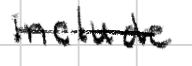
Text: include
Cross-out: mix
Writing tool: digital_black